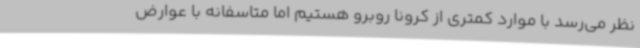
نظر می‌رسد با موارد کمتری از کرونا روبرو هستیم اما متاسفانه با عوارض